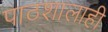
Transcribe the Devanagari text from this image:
पाठशालाही